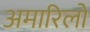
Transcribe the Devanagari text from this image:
अमारिलो